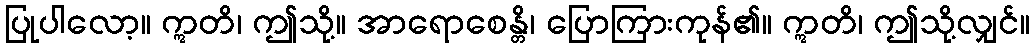
ပြုပါလော့။ ဣတိ၊ ဤသို့။ အာရောစေန္တိ၊ ပြောကြားကုန်၏။ ဣတိ၊ ဤသို့လျှင်။